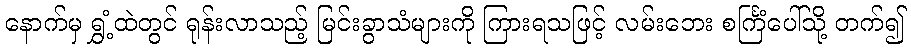
နောက်မှ ရွှံ့ထဲတွင် ရုန်းလာသည့် မြင်းခွာသံများကို ကြားရသဖြင့် လမ်းဘေး စင်္ကြံပေါ်သို့ တက်၍